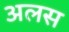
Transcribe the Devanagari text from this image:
अलस